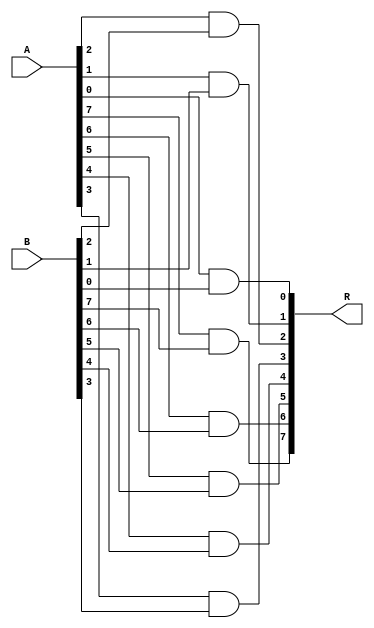
module eight_bit_AND(R,A,B);
		input wire[0:7] A,B;
		output wire[0:7] R;
		
		and(R[0],A[0],B[0]);
		and(R[1],A[1],B[1]);
		and(R[2],A[2],B[2]);
		and(R[3],A[3],B[3]);
		and(R[4],A[4],B[4]);
		and(R[5],A[5],B[5]);
		and(R[6],A[6],B[6]);
		and(R[7],A[7],B[7]);
		
endmodule